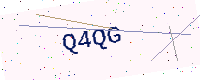
Text: Q4QG